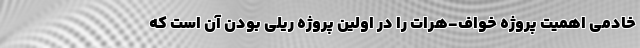
خادمی اهمیت پروژه خواف-هرات را در اولین پروژه ریلی بودن آن است که